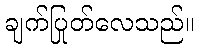
ချက်ပြုတ်လေသည်။